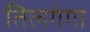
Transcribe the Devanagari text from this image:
तिलगंगा